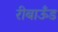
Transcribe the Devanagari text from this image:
रीबाऊँड